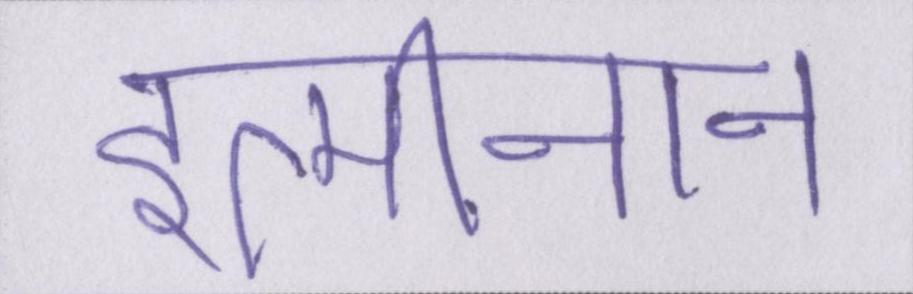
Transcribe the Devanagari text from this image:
इत्मीनान